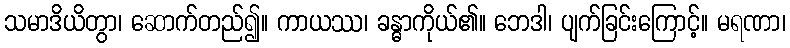
သမာဒိယိတွာ၊ ဆောက်တည်၍။ ကာယဿ၊ ခန္ဓာကိုယ်၏။ ဘေဒါ၊ ပျက်ခြင်းကြောင့်။ မရဏာ၊